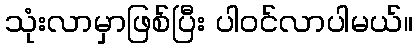
သုံးလာမှာဖြစ်ပြီး ပါဝင်လာပါမယ်။